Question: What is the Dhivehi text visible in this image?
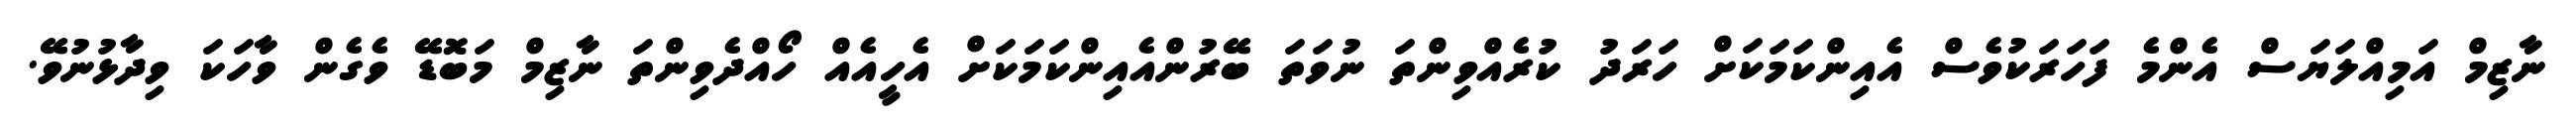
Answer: ނާޒިމް އަމިއްލަޔަސް އެންމެ ފަހަރަކުވެސް އެއިންކަމަކަށް ހަރަދު ކުރެއްވިންތަ ނުވަތަ ބޭރުންއެއިންކަމަކަށް އެހީއެއް ހޯއްދެވިންތަ ނާޒިމް މަބޮޑޭ ވެގެން ވާހަކަ ވިދާޅުނުވޭ.